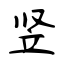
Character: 竖